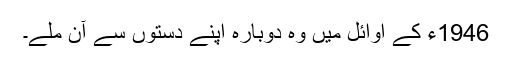
1946ء کے اوائل میں وہ دوبارہ اپنے دستوں سے آن ملے۔